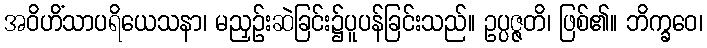
အဝိဟိံသာပရိယေသနာ၊ မညှဉ်းဆဲခြင်း၌ပူပန်ခြင်းသည်။ ဥပ္ပဇ္ဇတိ၊ ဖြစ်၏။ ဘိက္ခဝေ၊